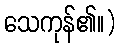
သေကုန်၏။)